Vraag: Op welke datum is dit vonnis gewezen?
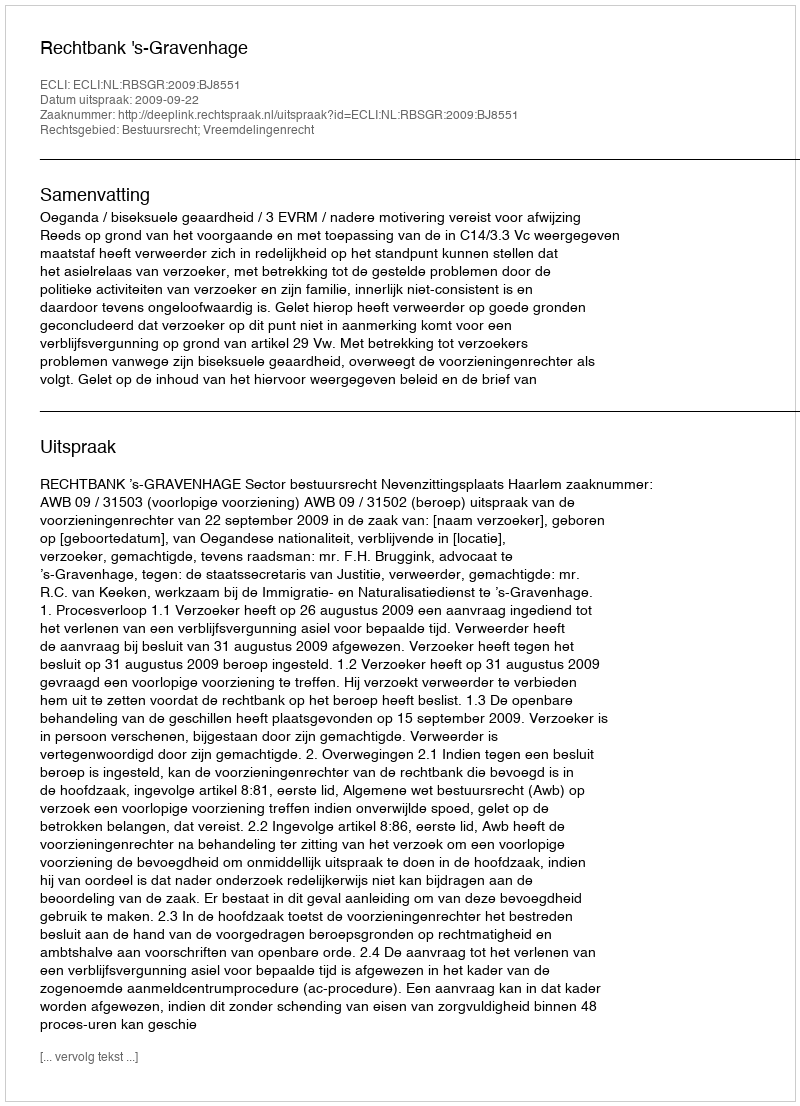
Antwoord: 2009-09-22